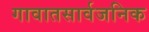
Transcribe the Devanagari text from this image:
गावातसार्वजनिक